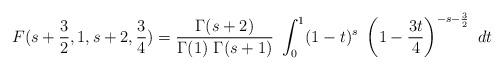
LaTeX: \begin{align*}F(s + {{3} \over {2}},1,s + 2, {{3} \over {4}}) = {{\Gamma(s+2)} \over{\Gamma(1) \ \Gamma(s+1)}} \ \int_0^1 (1 - t)^s \ \left(1 - {{3t} \over {4}} \right)^{-s-{{3} \over {2}}} \ dt\end{align*}